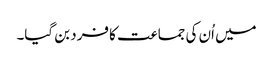
میں اُن کی جماعت کا فرد بن گیا۔